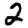
Digit: 2